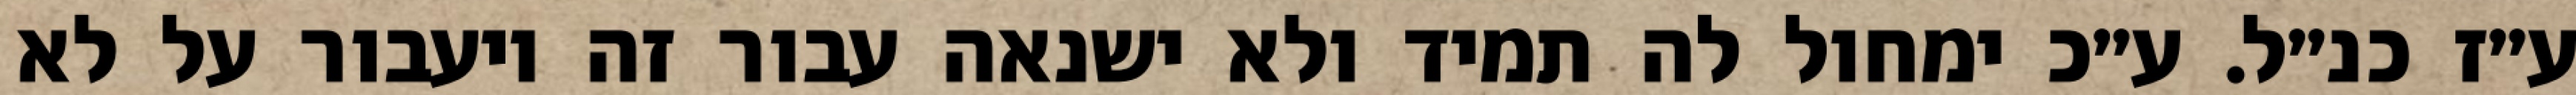
ע״ז כנ״ל. ע״כ ימחול לה תמיד ולא ישנאה עבור זה ויעבור על לא